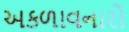
અકળાવનારો